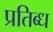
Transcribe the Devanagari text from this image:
प्रतिब्ध